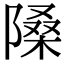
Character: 𨻗